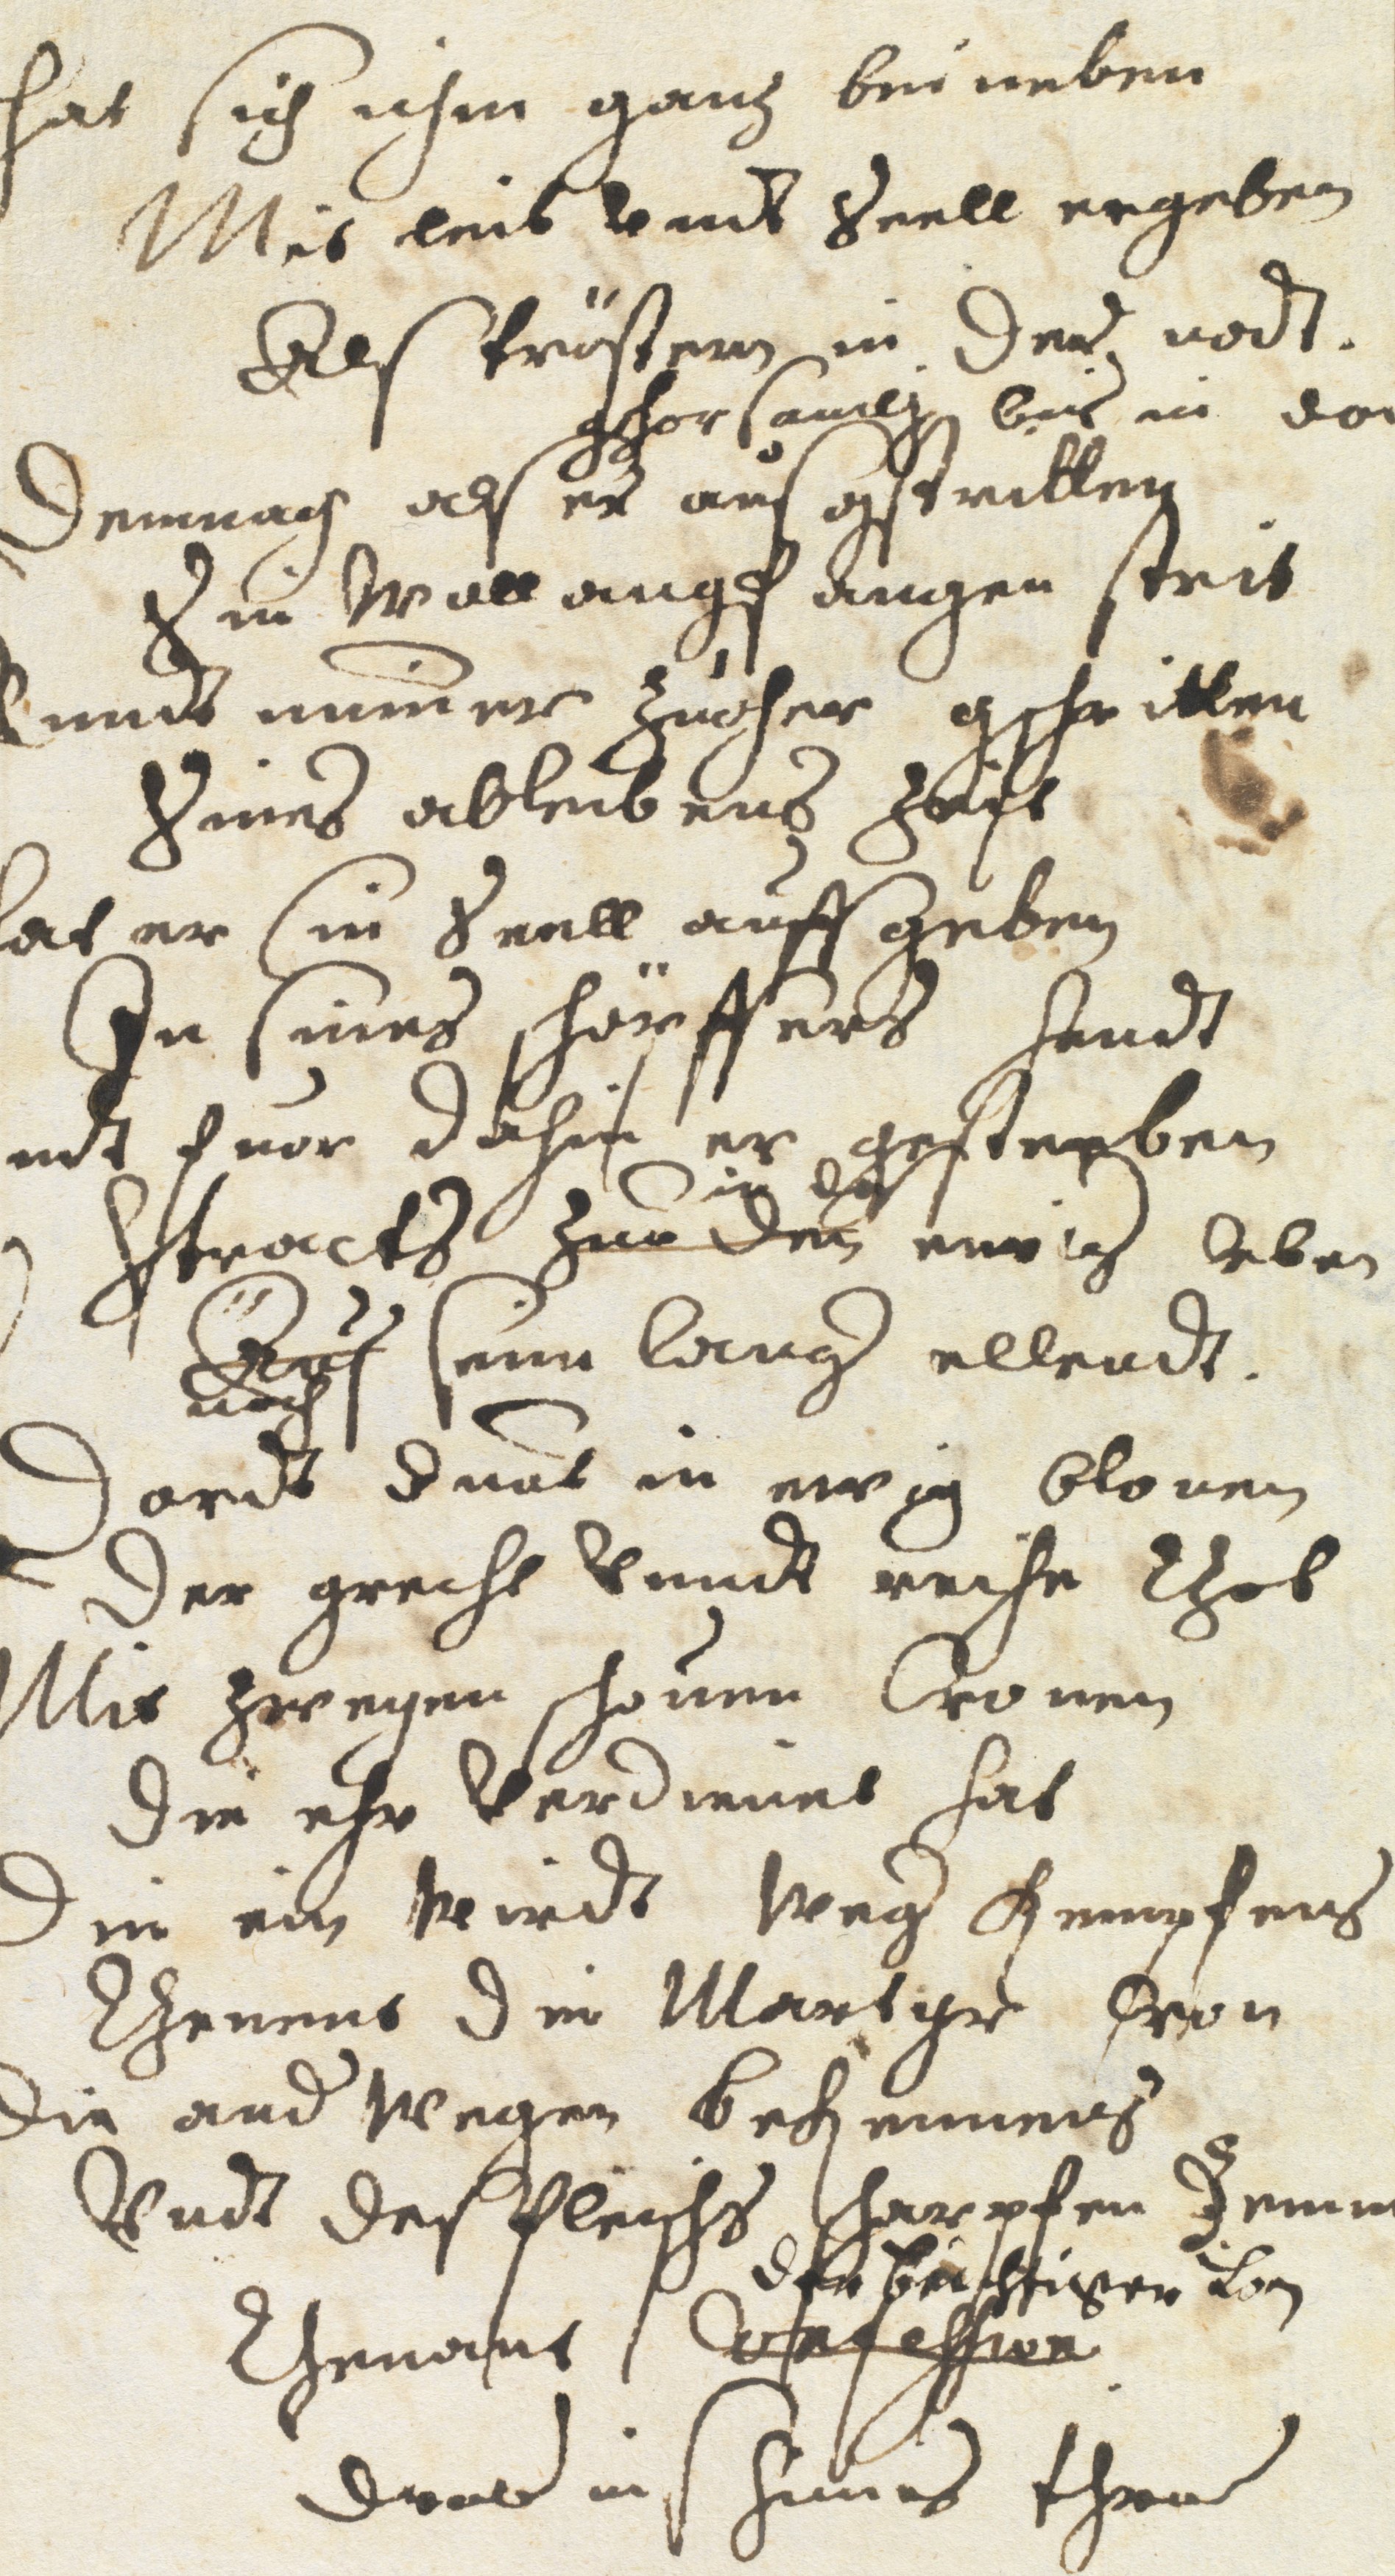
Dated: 1637–1641